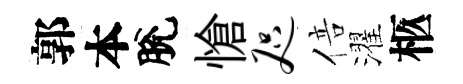
郭本脫愴咫倍濯柩